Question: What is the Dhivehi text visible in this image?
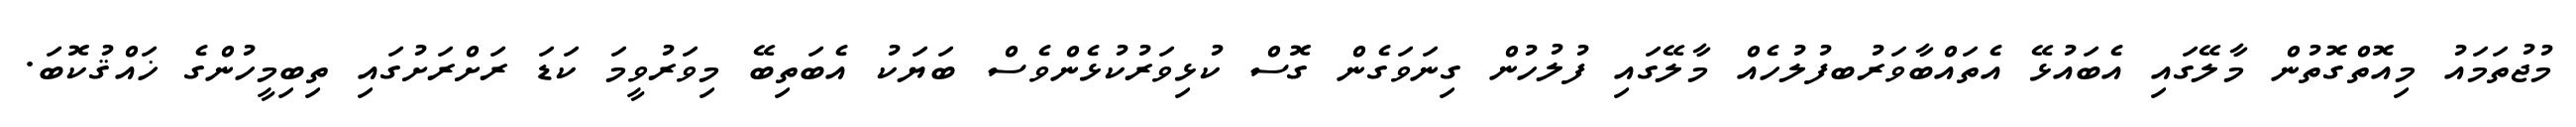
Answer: މުޖުތަމައު މިއޮތްގޮތުން މާލޭގައި އެބައުޅޭ އެތައްބާވަރުބފުލުހެއް މާލޭގައި ފުލުހުން ގިނަވަގެން ގޮސް ކުޅިވަރުކުޅެންވެސް ބަޔަކު އެބަތިބޭ މިވަރުވީމަ ކަޑަ ރަށްރަށުގައި ތިބިމީހުންގެ ޚައްޤުކޮބަ.